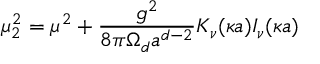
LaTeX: \mu _ { 2 } ^ { 2 } = \mu ^ { 2 } + { \frac { g ^ { 2 } } { 8 { \pi } \Omega _ { d } a ^ { d - 2 } } } K _ { \nu } ( \kappa a ) I _ { \nu } ( \kappa a )